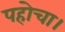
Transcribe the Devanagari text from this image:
पहोचा।